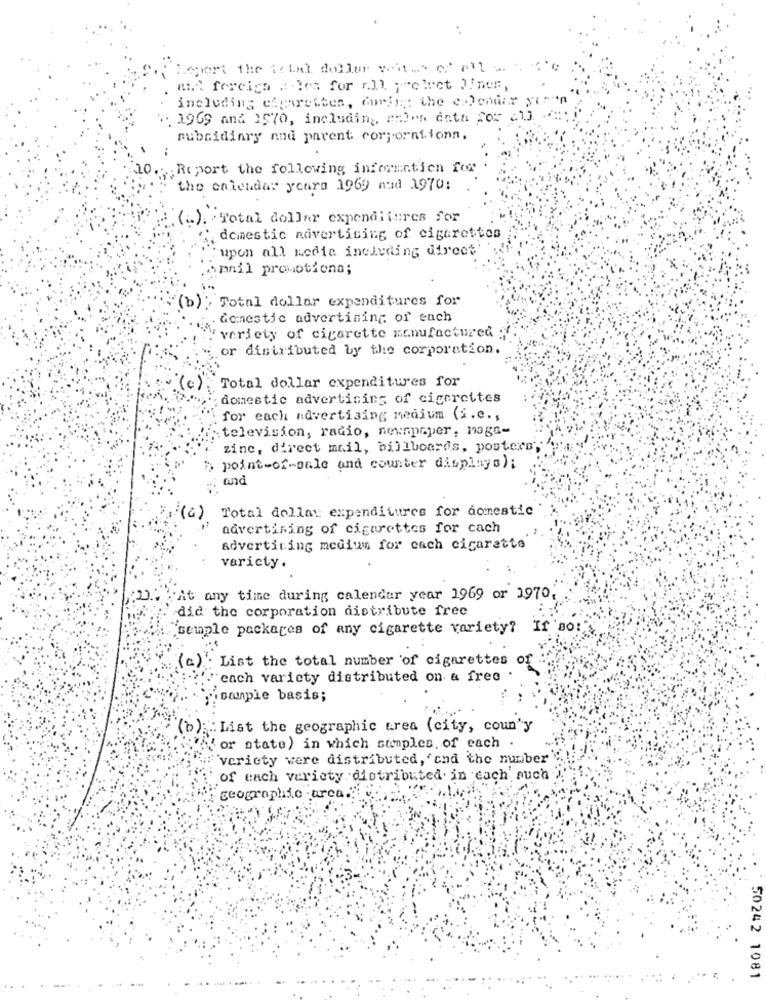
Leert the schal doller writes of all ano
mA foreign : les for all ; elet Diner,
including cigaretten, aring ;: the calendar yes".
. 1969 and 1570, including, en)"s dota Por cl]
subsidiary and parent corporationn.
Riport the following information for
the calendar yours 1969 nud 1970:
( .. ). . Total dollar expenditures for
domestic navertising of cigarettes
upon all medie including direct'
.mnil promotiona;
(b); Total dollar expenditures for
Gonestic advertising of each
: variety of cigarette manufactured
or distributed by the corporation.
(c).
Total dollar expenditures for
domestic advertising of cigarettes
for each advertising medium (i.e .,
: television, radio, newspaper, maga-
zine, direct mail, billboards, posters
>> point-of-sale and counter displays);
: and
"(a) Total dollar expenditures for domestic
advertising of cigarettes for cach
advertising medium for cach cigarette
varicty.
At any time during calendar year 1969 or 1970,
did the corporation distribute free
"semple packages of any cigarette variety? If so:
(c): List the total number of cigarettes of
each variety distributed on & free
"joample basis;
(b): List the geographic area (city, coun'y
" or state) in which samples, of each .
`variety were distributed, 'cnd the number
of each variety distributed in each auch
geographic area ...
.... .
50242 1081